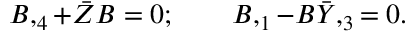
B , _ { 4 } + \bar { Z } B = 0 ; \qquad B , _ { 1 } - B \bar { Y } , _ { 3 } = 0 .